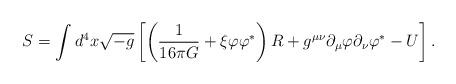
LaTeX: \begin{align*}S=\int d^4x \sqrt{-g}\left[\left(\frac{1}{16\pi G} +\xi\varphi{\varphi}^{\ast}\right) R+g^{\mu\nu}{\partial}_{\mu}\varphi{\partial}_{\nu}{\varphi}^{\ast}-U\right].\end{align*}